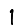
Digit: 1